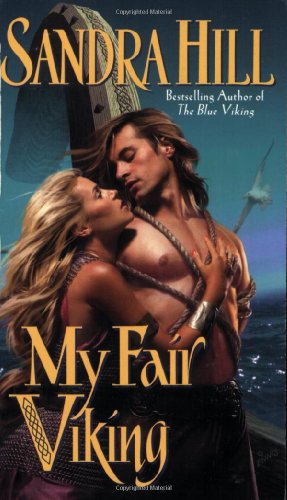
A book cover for My Fair Viking; Sandra Hill; Romance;